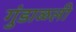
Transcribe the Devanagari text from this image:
गुंडाळली